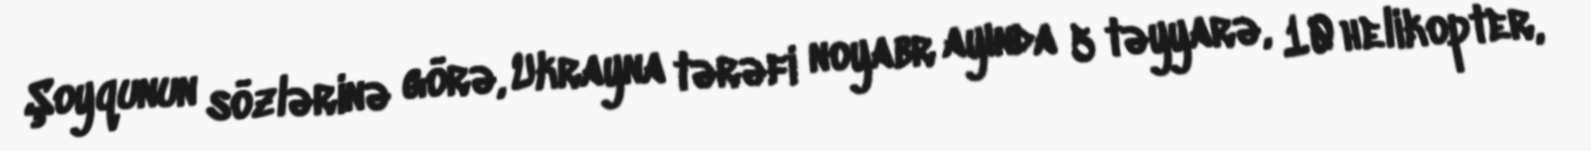
Şoyqunun sözlərinə görə, Ukrayna tərəfi noyabr ayında 5 təyyarə, 10 helikopter,